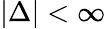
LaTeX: |\Delta|<\infty